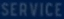
SERVICE